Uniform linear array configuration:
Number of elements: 8
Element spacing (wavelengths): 0.5
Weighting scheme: kaiser
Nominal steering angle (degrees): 45
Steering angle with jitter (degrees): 45.42
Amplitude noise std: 0.05
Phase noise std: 0.05

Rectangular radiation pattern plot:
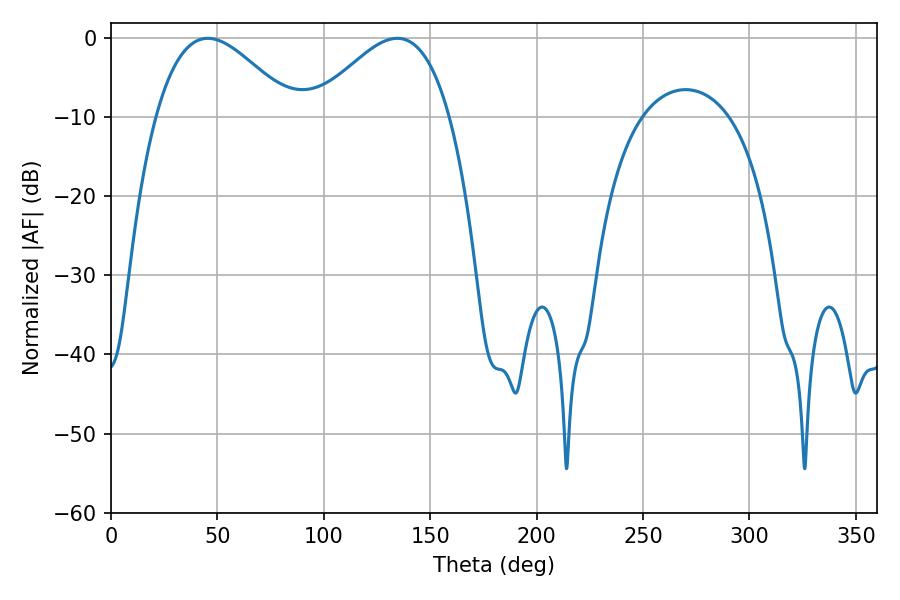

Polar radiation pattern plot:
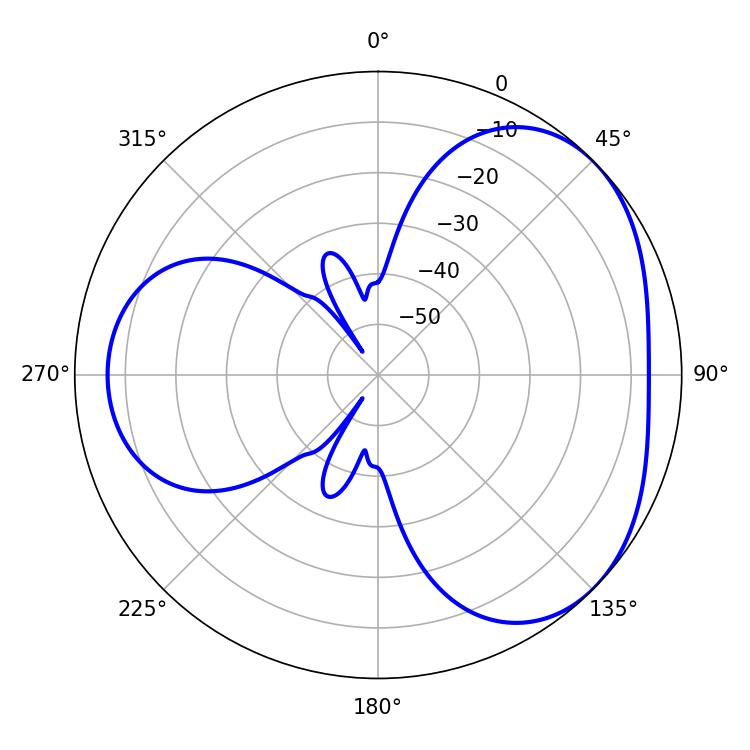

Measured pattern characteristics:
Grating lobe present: FALSE
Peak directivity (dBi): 3.638
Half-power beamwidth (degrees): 34.74
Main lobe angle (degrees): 45.54